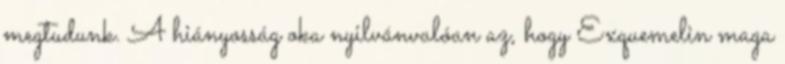
megtudunk. A hiányosság oka nyilvánvalóan az, hogy Exquemelin maga